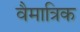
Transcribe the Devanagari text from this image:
वैमात्रिक